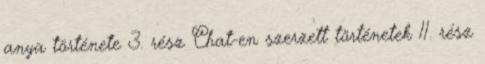
anya története 3. rész Chat-en szerzett történetek 11. rész